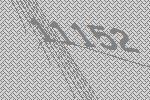
11152